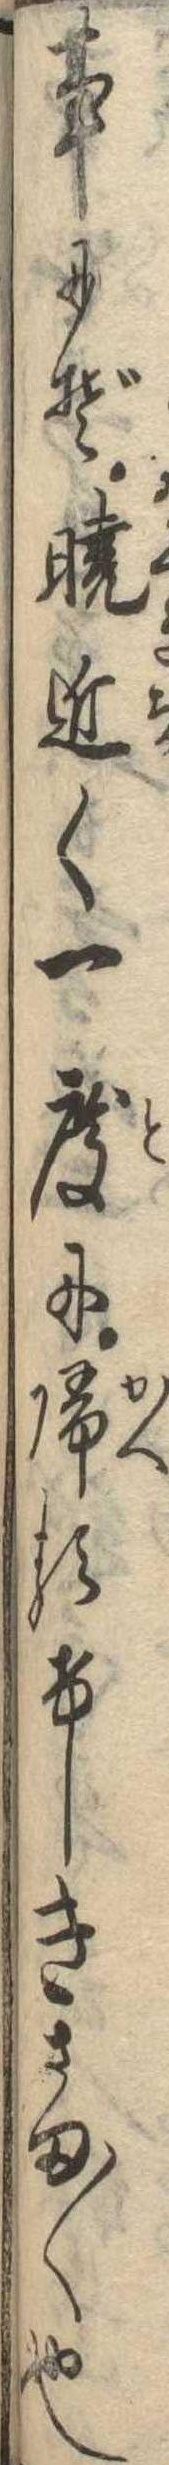
事にぞ暁近く一度に帰るけしきさま〱也